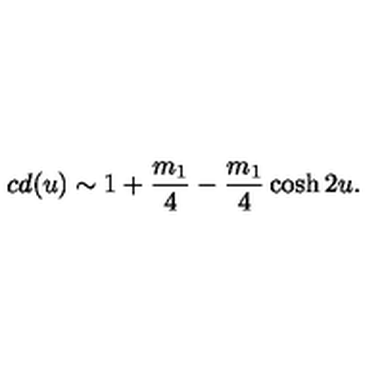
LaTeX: c d ( u ) \sim 1 + \frac { m _ { 1 } } { 4 } - \frac { m _ { 1 } } { 4 } \cosh 2 u .